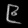
Digit: ၉